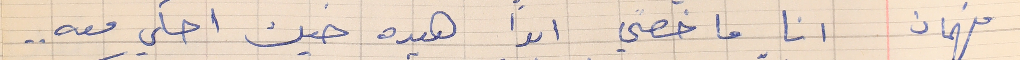
فهمان     انا ما خصني ابداً هيده خيك احكي معه . .